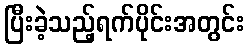
ပြီးခဲ့သည့်ရက်ပိုင်းအတွင်း